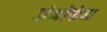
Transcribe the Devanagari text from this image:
जेनोफेन